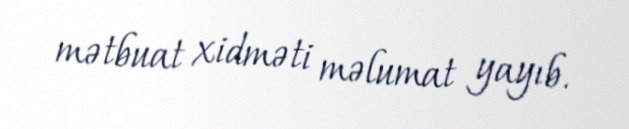
mətbuat xidməti məlumat yayıb.